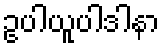
ဥပါယူပါဒါနာ